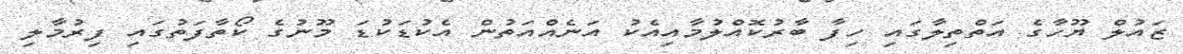
ޒައުލް ޔޫހާގެ އަތްތިލާގައި ހިފާ ބާރުކޮއްލުމާއިއެކު އަނެއްއަތުން އެކުޑަކުޑަ މޫނުގެ ކޯތާފަތުގައި ފިރުމާލި